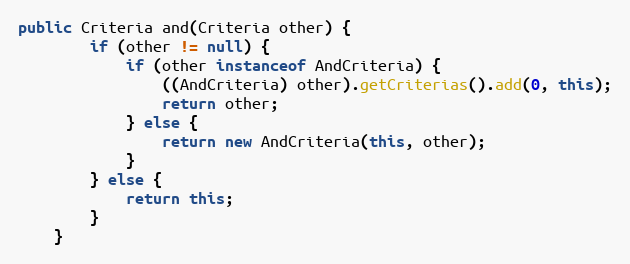
Language: Java
public Criteria and(Criteria other) {
		if (other != null) {
			if (other instanceof AndCriteria) {
				((AndCriteria) other).getCriterias().add(0, this);
				return other;
			} else {
				return new AndCriteria(this, other);
			}
		} else {
			return this;
		}
	}